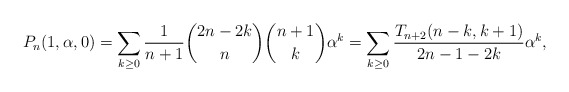
\begin{gather*}P_n(1,\alpha,0)=\sum_{k \ge 0} {1 \over n+1} {2n-2k \choose n} {n+1\choose k} \alpha^k = \sum_{k \ge 0} {T_{n+2}(n-k,k+1) \over 2n-1-2k}\alpha^{k},\end{gather*}